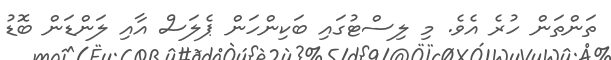
ތަންތަން ހުރެ އެވެ. މި ލިސްޓުގައި ބަކިންހަން ޕެލަސް އާއި ލަންޑަން ބޮޑު